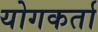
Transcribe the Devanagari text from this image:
योगकर्ता